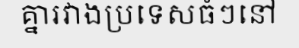
គ្នារវាងប្រទេសធំៗនៅ